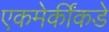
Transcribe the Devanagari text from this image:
एकमेकींकडे